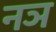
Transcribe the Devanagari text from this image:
नञ